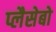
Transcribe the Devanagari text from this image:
प्लैसेबो